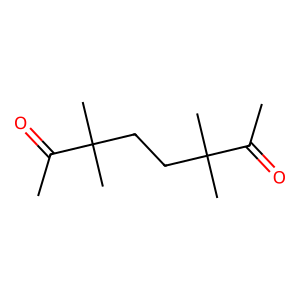
SMILES: CC(=O)C(C)(C)CCC(C)(C)C(C)=O
Inhibits HIV replication: No